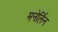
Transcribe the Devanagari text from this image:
मनेर्लिन